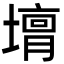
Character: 𡐴